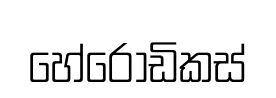
හේරෝඩිකස්